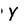
Character: Y